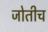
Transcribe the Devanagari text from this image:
जोतीच